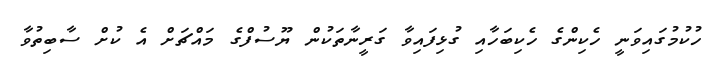
ހުކުމުގައިވަނީ ހެކިންގެ ހެކިބަހާއި ގުޅިފައިވާ ގަރީނާތަކުން ޔޫސުފްގެ މައްޗަށް އެ ކުށް ސާބިތުވާ